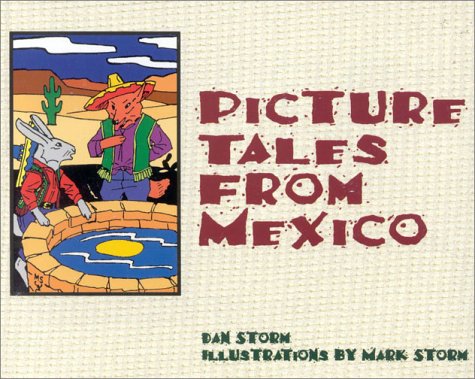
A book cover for Picture Tales from Mexico; Dan Storm; Children's Books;